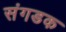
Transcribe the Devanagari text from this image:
संगडक